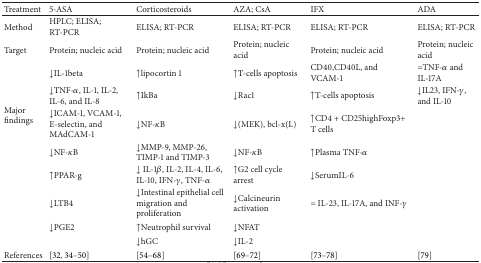
| Treatment | 5-ASA | Corticosteroids | AZA; CsA | IFX | ADA |
 | --- | --- | --- | --- | --- | --- |
 | Method | HPLC; ELISA; RT-PCR | ELISA; RT-PCR | ELISA; RT-PCR | ELISA; RT-PCR | ELISA; RT-PCR |
 | Target | Protein; nucleic acid | Protein; nucleic acid | Protein; nucleic acid | Protein; nucleic acid | Protein; nucleic acid |
 | <ROWSPAN=8> Major findings | ↓IL-1beta | ↑lipocortin 1 | ↑T-cells apoptosis | CD40,CD40L, and VCAM-1 | =TNF-α and IL-17A |
 | ↓TNF-α, IL-1, IL-2, IL-6, and IL-8 | ↑IkBa | ↓Rac1 | ↑T-cells apoptosis | ↓IL23, IFN-γ, and IL-10 |
 | ↓ICAM-1, VCAM-1, E-selectin, and MAdCAM-1 | ↓NF-κB | ↓(MEK), bcl-x(L) | ↑CD4 + CD25highFoxp3+ T cells |  |
 | ↓NF-κB | ↓MMP-9, MMP-26, TIMP-1 and TIMP-3 | ↓NF-κB | ↑Plasma TNF-α |  |
 | ↑PPAR-g | ↓ IL-1β, IL-2, IL-4, IL-6, IL-10, IFN-γ, TNF-α | ↑G2 cell cycle arrest | ↓SerumIL-6 |  |
 | ↓LTB4 | ↓Intestinal epithelial cell migration and proliferation | ↓Calcineurin activation | = IL-23, IL-17A, and INF-γ |  |
 | ↓PGE2 | ↑Neutrophil survival | ↓NFAT |  |  |
 |  | ↓hGC | ↓IL-2 |  |  |
 | References | [32, 34–50] | [54–68] | [69–72] | [73–78] | [79] |